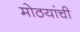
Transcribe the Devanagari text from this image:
मोठयांची